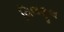
વિલફૂલ